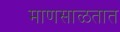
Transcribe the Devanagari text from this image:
माणसाळतात